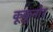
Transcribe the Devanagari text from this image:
कूकूनोर